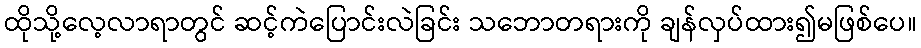
ထိုသို့လေ့လာရာတွင် ဆင့်ကဲပြောင်းလဲခြင်း သဘောတရားကို ချန်လှပ်ထား၍မဖြစ်ပေ။